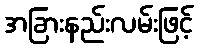
အခြားနည်းလမ်းဖြင့်